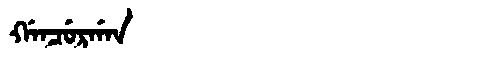
Manchu: ᡤᠠᠨᠴᡠᡵᡤᠠᠨ
Romanization: GANCURGAN